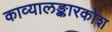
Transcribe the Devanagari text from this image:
काव्यालङ्कारकोश